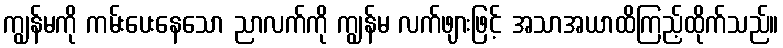
ကျွန်မကို ကမ်းပေးနေသော ညာလက်ကို ကျွန်မ လက်ဖျားဖြင့် အသာအယာထိကြည့်ထိုက်သည်။